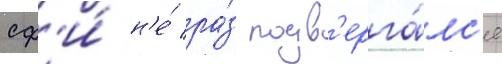
сф'и́ н'е́ ра́з подв'ерга́лс'я